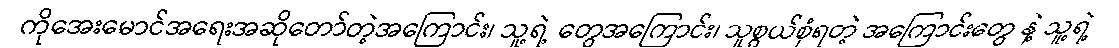
ကိုအေးမောင်အရေးအဆိုတော်တဲ့အကြောင်း၊ သူ့ရဲ့ တွေအကြောင်း၊ သူစွယ်စုံရတဲ့ အကြောင်းတွေ နဲ့ သူ့ရဲ့